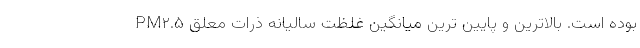
بوده است. بالاترین و پایین ترین میانگین غلظت سالیانه ذرات معلق PM۲.۵